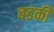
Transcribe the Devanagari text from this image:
बडकी